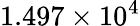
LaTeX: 1.497\times 10^{4}